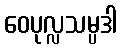
ဝေပုလ္လသမ္ပဒါ